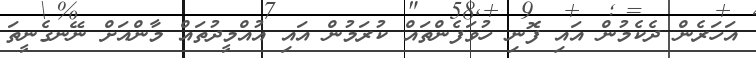
އަހަރެން ދެކެމުން އައި ފޮނި ހުވަފެންތައް ކުރަމުން އައި އުއްމީދުތައް މާންއަށް ނޭނގެނީތަ